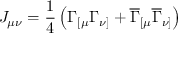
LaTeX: J _ { \mu \nu } = \frac 1 4 \left( \Gamma _ { [ \mu } \Gamma _ { \nu ] } + \overline { { { \Gamma } } } _ { [ \mu } \overline { { { \Gamma } } } _ { \nu ] } \right)